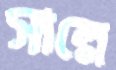
সাল্লে